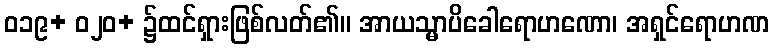
ဝ၁၉+ ဝ၂၀+ ၌ထင်ရှားဖြစ်လတ်၏။ အာယသ္မာပိခေါရောဟဏော၊ အရှင်ရောဟဏ